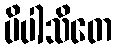
ပိပါသိတေ